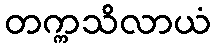
တက္ကသိလာယံ